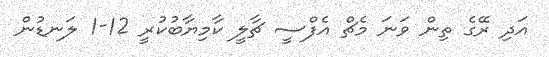
އަދި ރޭގެ ތިން ވަނަ މެޗް އެފްސީ ޗާލީ ކާމިޔާބުކުރީ 12-1 ލަނޑުން